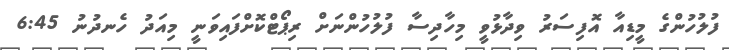
ފުލުހުންގެ މީޑިއާ އޮފިސަރު ވިދާޅުވީ މިހާދިސާ ފުލުހުންނަށް ރިޕޯޓްކޮށްފައިވަނީ މިއަދު ހެނދުނު 6:45